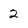
Character: 2